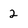
Character: 2